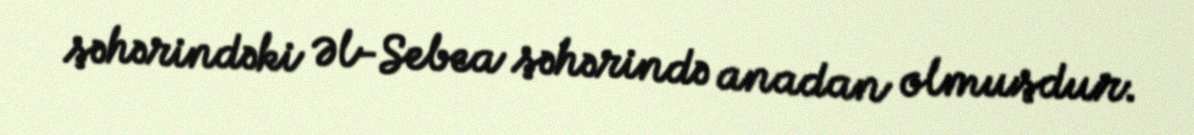
şəhərindəki Əl-Sebea şəhərində anadan olmuşdur.